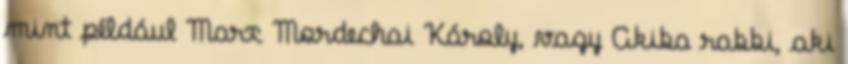
mint például Marx Mordechai Károly, vagy Akiba rabbi, aki